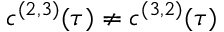
c ^ { ( 2 , 3 ) } ( \tau ) \neq c ^ { ( 3 , 2 ) } ( \tau )